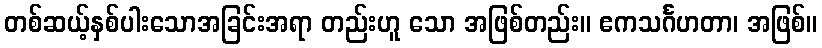
တစ်ဆယ့်နှစ်ပါးသောအခြင်းအရာ တည်းဟူ သော အဖြစ်တည်း။ ဧကသင်္ဂဟတာ၊ အဖြစ်။